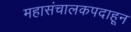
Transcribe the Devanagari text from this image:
महासंचालकपदाहून